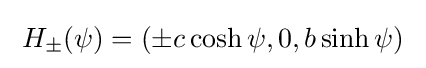
\;H_{\pm }(\psi )=(\pm c\cosh \psi ,0,b\sinh \psi )\;